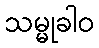
သမ္မုခါဝ